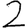
Digit: 2